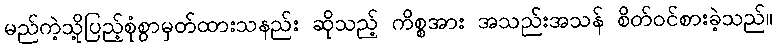
မည်ကဲ့သို့ပြည့်စုံစွာမှတ်ထားသနည်း ဆိုသည့် ကိစ္စအား အသည်းအသန် စိတ်ဝင်စားခဲ့သည်။